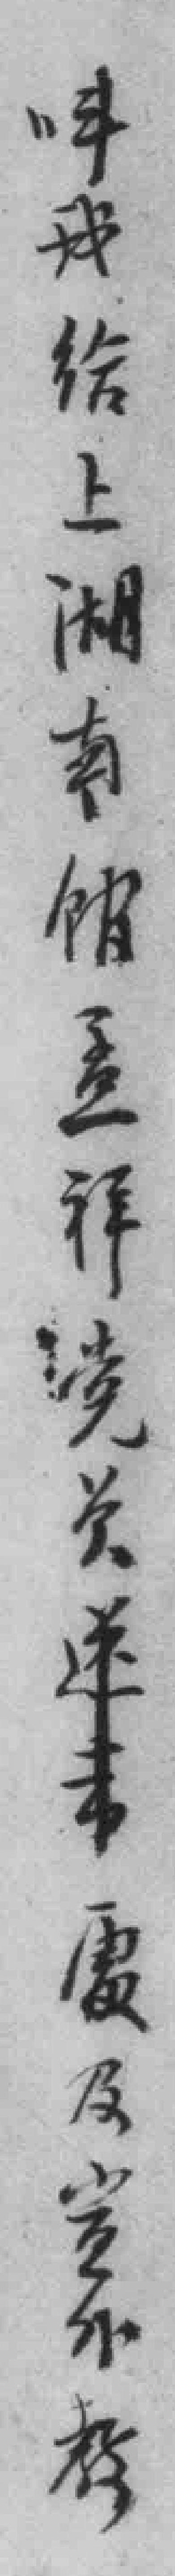
*我给上湖南馆孟祥党员處及宣外教